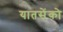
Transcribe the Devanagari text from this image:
यातसेंको